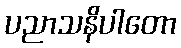
ပညာသနိပါတော